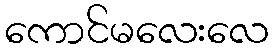
ကောင်မလေးလေ